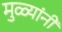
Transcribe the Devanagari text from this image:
मुळ्यांनी